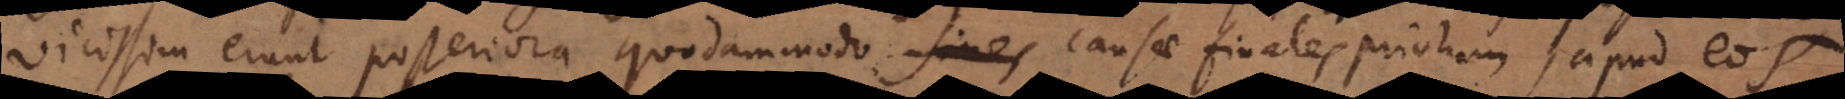
vicissim erunt posteriora quodammodo fines causae finales priorum, apud eo